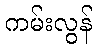
ကမ်းလွန်